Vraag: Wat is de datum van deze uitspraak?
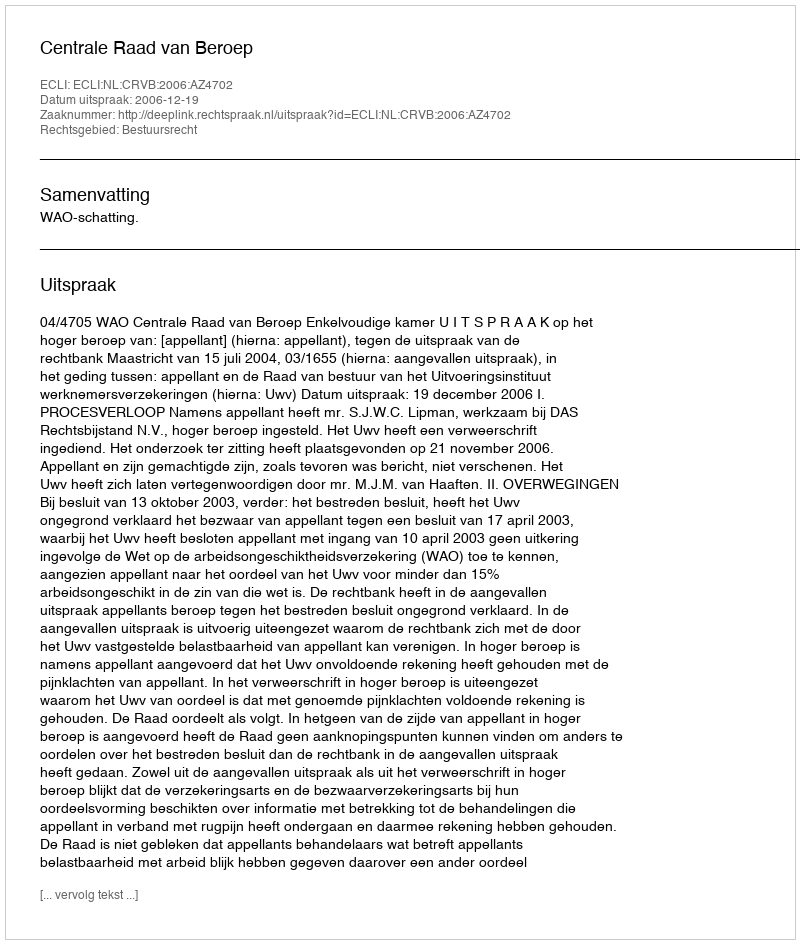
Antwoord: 2006-12-19